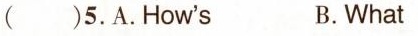
()5.A.How's B.What